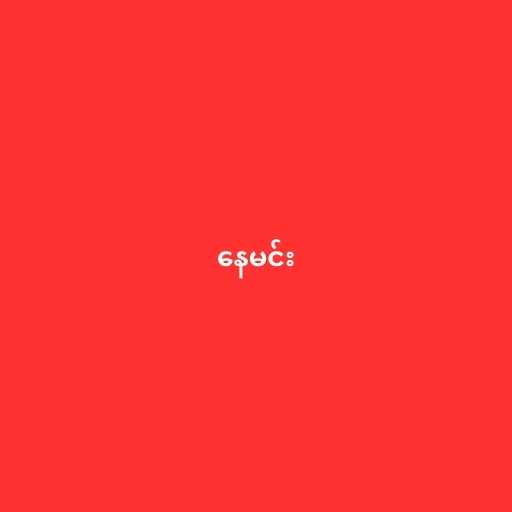
နေမင်း